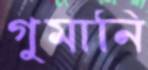
গুমানি